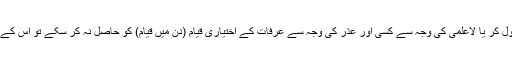
(۳۶۹) اگر کوئی شخص بھول کر یا لاعلمی کی وجہ سے کسی اور عذر کی وجہ سے عرفات کے اختیاری قیام (دن میں قیام) کو حاصل نہ کر سکے تو اس کے لیے وقوف اضطراری ہے۔